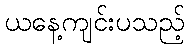
ယနေ့ကျင်းပသည့်